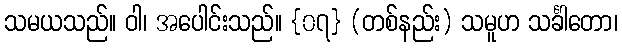
သမယသည်။ ဝါ၊ အပေါင်းသည်။ {၀၇} (တစ်နည်း) သမူဟ သင်္ခါတော၊